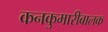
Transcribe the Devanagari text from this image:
कनकुमारीबालक